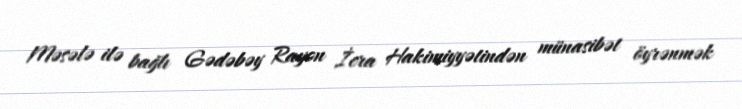
Məsələ ilə bağlı Gədəbəy Rayon İcra Hakimiyyətindən münasibət öyrənmək